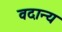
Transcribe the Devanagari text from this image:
वदान्य